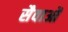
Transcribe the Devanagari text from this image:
सैवाओं